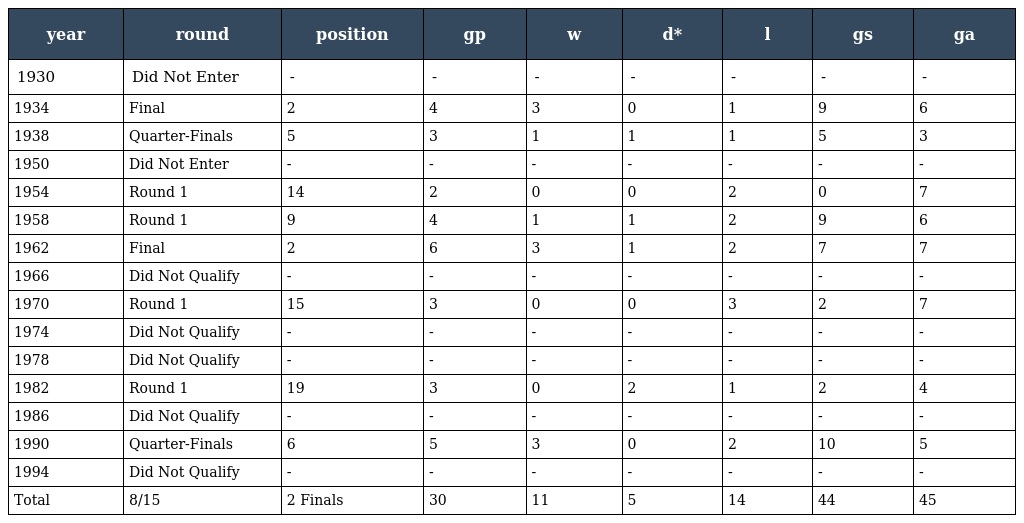
| year | round | position | gp | w | d* | l | gs | ga |
 | --- | --- | --- | --- | --- | --- | --- | --- | --- |
 | 1930 | Did Not Enter | - | - | - | - | - | - | - |
 | 1934 | Final | 2 | 4 | 3 | 0 | 1 | 9 | 6 |
 | 1938 | Quarter-Finals | 5 | 3 | 1 | 1 | 1 | 5 | 3 |
 | 1950 | Did Not Enter | - | - | - | - | - | - | - |
 | 1954 | Round 1 | 14 | 2 | 0 | 0 | 2 | 0 | 7 |
 | 1958 | Round 1 | 9 | 4 | 1 | 1 | 2 | 9 | 6 |
 | 1962 | Final | 2 | 6 | 3 | 1 | 2 | 7 | 7 |
 | 1966 | Did Not Qualify | - | - | - | - | - | - | - |
 | 1970 | Round 1 | 15 | 3 | 0 | 0 | 3 | 2 | 7 |
 | 1974 | Did Not Qualify | - | - | - | - | - | - | - |
 | 1978 | Did Not Qualify | - | - | - | - | - | - | - |
 | 1982 | Round 1 | 19 | 3 | 0 | 2 | 1 | 2 | 4 |
 | 1986 | Did Not Qualify | - | - | - | - | - | - | - |
 | 1990 | Quarter-Finals | 6 | 5 | 3 | 0 | 2 | 10 | 5 |
 | 1994 | Did Not Qualify | - | - | - | - | - | - | - |
 | Total | 8/15 | 2 Finals | 30 | 11 | 5 | 14 | 44 | 45 |